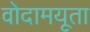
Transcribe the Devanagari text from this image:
वोदामयूता